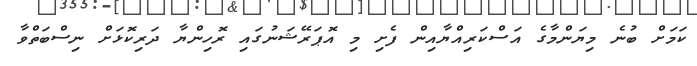
ކަމަށް ބުނެ މިޔަންމާގެ އަސްކަރިއްޔާއިން ފެށި މި އޮޕަރޭޝަނުގައި ރޮހިންޔާ ދަރިކޮޅަށް ނިސްބަތްވާ